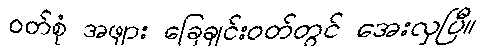
ဝတ်စုံ အဖျား ခြေချင်းဝတ်တွင် အေးလှပြီ။